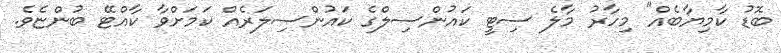
ބޮޑު ކާމިޔާބެއް" މިހާރު މާލެ ސިޓީ ކައުންސިލްގެ ކައުންސިލަރެއް ކަމަށްވާ ކާއްޓޭ ބުންޏެވެ.